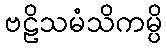
ဗဠိသမံသိကမ္ပိ